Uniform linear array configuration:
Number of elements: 16
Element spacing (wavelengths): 0.25
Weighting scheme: exponential
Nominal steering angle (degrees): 15
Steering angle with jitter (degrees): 16.995
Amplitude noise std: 0.05
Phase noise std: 0.05

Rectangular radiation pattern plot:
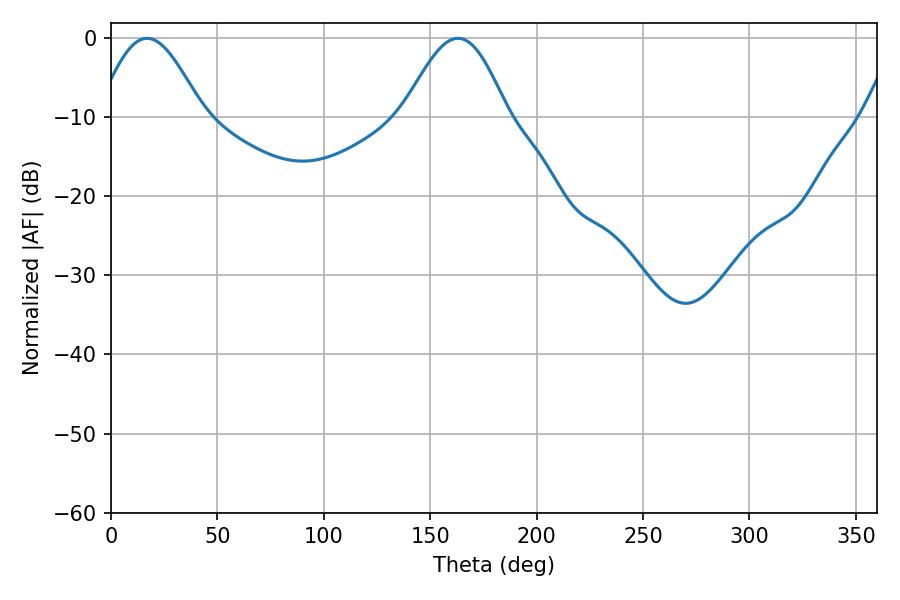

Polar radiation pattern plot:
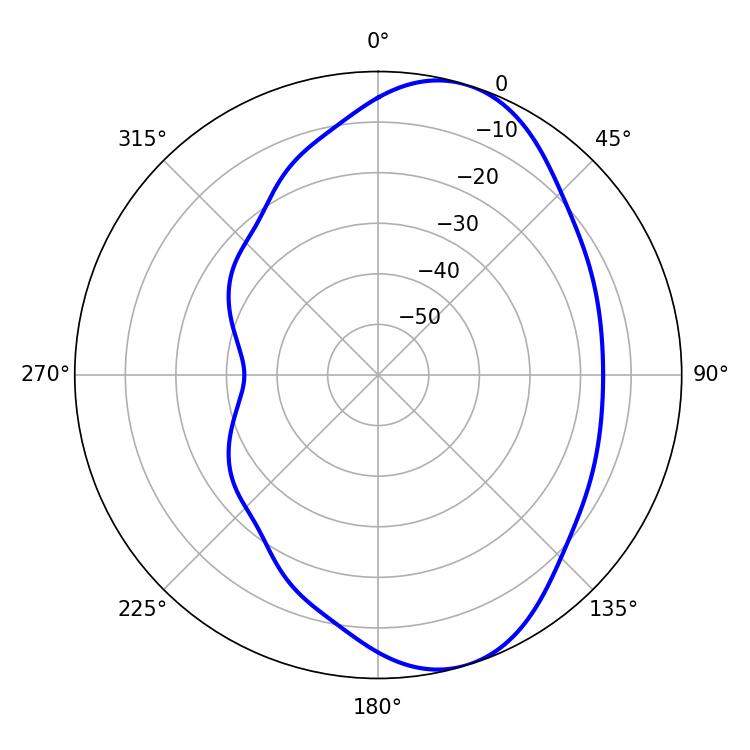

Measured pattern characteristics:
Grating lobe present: FALSE
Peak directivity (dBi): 7.537
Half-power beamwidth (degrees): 26.1
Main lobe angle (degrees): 16.92